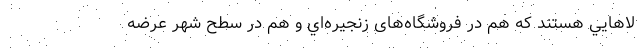
لاهايي هستند كه هم در فروشگاه‌های زنجيره‌اي و هم در سطح شهر عرضه